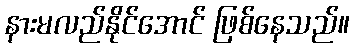
နားမလည်နိုင်အောင် ဖြစ်နေသည်။